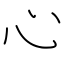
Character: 心